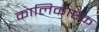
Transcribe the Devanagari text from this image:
कालिकाष्टक